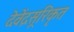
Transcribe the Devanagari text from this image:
देवेंद्रसूरिकृत